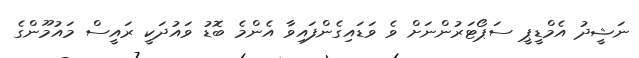
ނަޝީދު އެމްޑީޕީ ސަޕޯޓަރުންނަށް ވެ ވަޑައިގެންފައިވާ އެންމެ ބޮޑު ވައުދަކީ ރައީސް މައުމޫންގެ